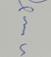
Signature authenticity: genuine